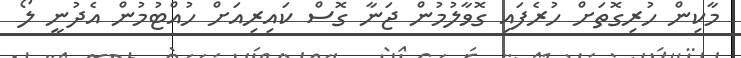
މާކިން ހުރިގޮތަށް ހުރެފައި ގޮވާލުމުން ޖަނާ ގޮސް ކައިރިއަށް ހުއްޓުމުން އެދުނީ ލޯ